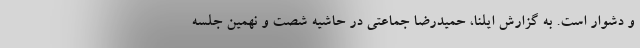
و دشوار است. به گزارش ایلنا، حمیدرضا جماعتی در حاشیه شصت و نهمین جلسه